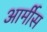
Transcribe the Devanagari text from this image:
आर्मीस